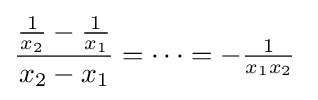
{\frac {{\tfrac {1}{x_{2}}}-{\tfrac {1}{x_{1}}}}{x_{2}-x_{1}}}=\cdots =-{\tfrac {1}{x_{1}x_{2}}}\